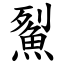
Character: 鮤